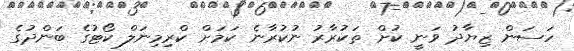
ހަސަން ޒިޔާދު ވަނީ ކުށް ތަކުރާރު ނުކުރާނެ ކަމަށް ކްރިމިނަލް ކޯޓުގެ ބަންދުގެ